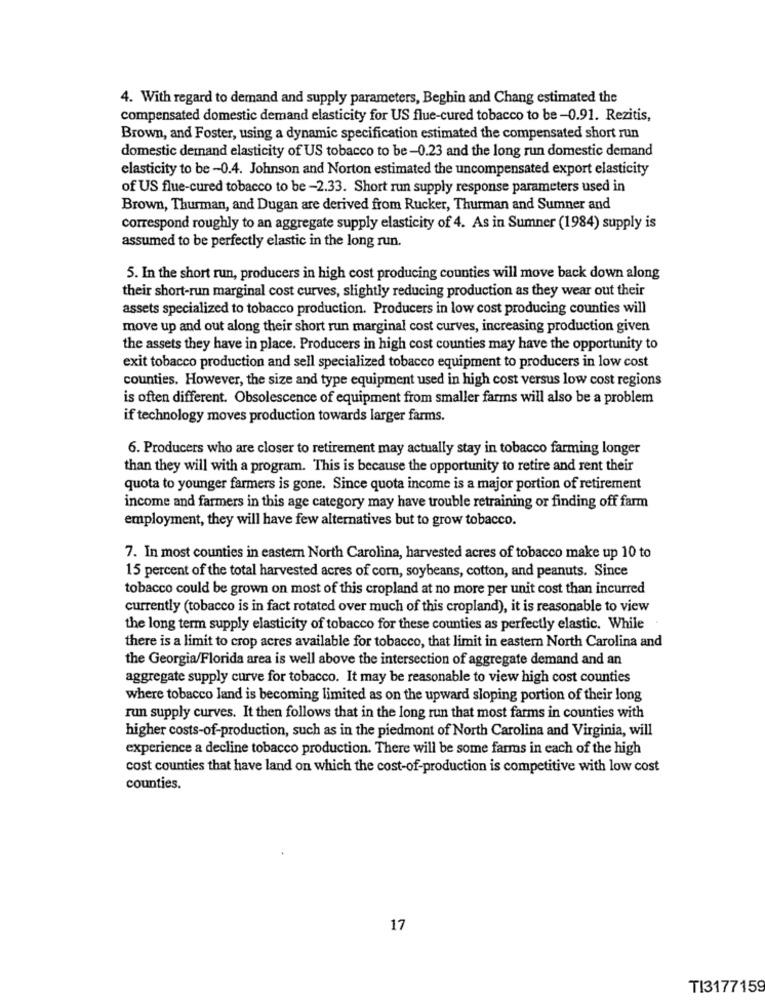
4. With regard to demand and supply parameters, Beghin and Chang estimated the
compensated domestic demand elasticity for US flue-cured tobacco to be -0.91. Rezitis,
Brown, and Foster, using a dynamic specification estimated the compensated short run
domestic demand elasticity of US tobacco to be -0.23 and the long run domestic demand
elasticity to be -0.4. Johnson and Norton estimated the uncompensated export elasticity
of US flue-cured tobacco to be -2.33. Short run supply response parameters used in
Brown, Thurman, and Dugan are derived from Rucker, Thurman and Sumner and
correspond roughly to an aggregate supply elasticity of 4. As in Sumner (1984) supply is
assumed to be perfectly elastic in the long run.
5. In the short run, producers in high cost producing counties will move back down along
their short-run marginal cost curves, slightly reducing production as they wear out their
assets specialized to tobacco production. Producers in low cost producing counties will
move up and out along their short run marginal cost curves, increasing production given
the assets they have in place. Producers in high cost counties may have the opportunity to
exit tobacco production and sell specialized tobacco equipment to producers in low cost
counties. However, the size and type equipment used in high cost versus low cost regions
is often different. Obsolescence of equipment from smaller farms will also be a problem
if technology moves production towards larger farms.
6. Producers who are closer to retirement may actually stay in tobacco farming longer
than they will with a program. This is because the opportunity to retire and rent their
quota to younger farmers is gone. Since quota income is a major portion of retirement
income and farmers in this age category may have trouble retraining or finding off farm
employment, they will have few alternatives but to grow tobacco.
7. In most counties in eastern North Carolina, harvested acres of tobacco make up 10 to
15 percent of the total harvested acres of corn, soybeans, cotton, and peanuts. Since
tobacco could be grown on most of this cropland at no more per unit cost than incurred
currently (tobacco is in fact rotated over much of this cropland), it is reasonable to view
the long term supply elasticity of tobacco for these counties as perfectly elastic. While
there is a limit to crop acres available for tobacco, that limit in eastern North Carolina and
the Georgia/Florida area is well above the intersection of aggregate demand and an
aggregate supply curve for tobacco. It may be reasonable to view high cost counties
where tobacco land is becoming limited as on the upward sloping portion of their long
run supply curves. It then follows that in the long run that most farms in counties with
higher costs-of-production, such as in the piedmont of North Carolina and Virginia, will
experience a decline tobacco production. There will be some farms in each of the high
cost counties that have land on which the cost-of-production is competitive with low cost
counties.
17
TI3177159